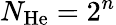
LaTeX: N_{\mathrm{He}}=2^{n}